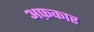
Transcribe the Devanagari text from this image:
अफ़कार